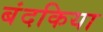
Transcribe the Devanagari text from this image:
बंदकिया